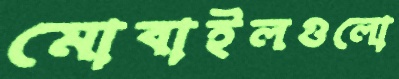
মোবাইলগুলো